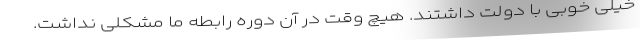
خیلی خوبی با دولت داشتند. هیچ وقت در آن دوره رابطه ما مشکلی نداشت.